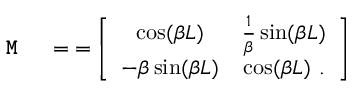
\texttt { \textbf { M } } \; = \; = \left[ \begin{array} { c c } { \cos ( \beta L ) } & { \frac { 1 } { \beta } \sin ( \beta L ) } \\ { - \beta \sin ( \beta L ) } & { \cos ( \beta L ) \, \, . } \end{array} \right]